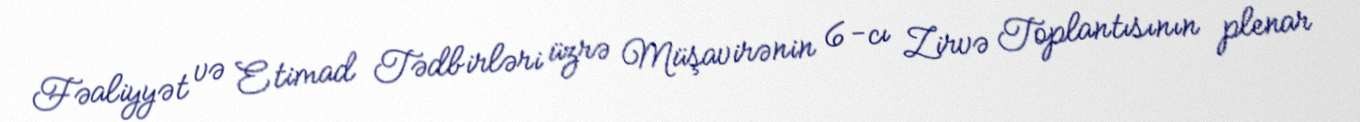
Fəaliyyət və Etimad Tədbirləri üzrə Müşavirənin 6-cı Zirvə Toplantısının plenar